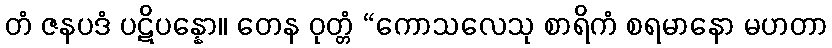
တံ ဇနပဒံ ပဋိပန္နော။ တေန ဝုတ္တံ “ကောသလေသု စာရိကံ စရမာနော မဟတာ